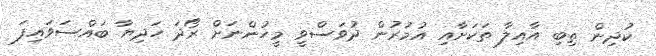
ކުދިން ތިބި އާއިލާ ތަކަށާއި އުމުރުން ދުވަސްވީ މީހުންނަށް ރޯދަ ހަދިޔާ ބައްސަވައިފަ